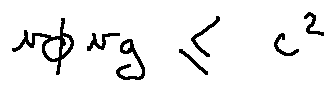
v _ { \phi } v _ { g } \leq c ^ { 2 }